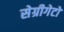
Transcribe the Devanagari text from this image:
सेग्रीगेटों